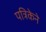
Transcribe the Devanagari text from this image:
पत्रिकेने